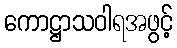
ကောဋ္ဌာသဝါရအဖွင့်